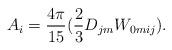
LaTeX: \begin{align*}A_i= \frac{4 \pi}{15}(\frac{2}{3}D_{jm} W_{0mij} ).\end{align*}